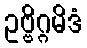
ဥဗ္ဗိဂ္ဂမိဒံ